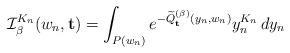
LaTeX: \begin{align*} \mathcal{I}_{\beta}^{K_n}(w_n, \mathbf{t}) = \int_{P(w_n)}e^{-\widetilde{Q}_{\mathbf{t}}^{(\beta)}(y_n, w_n)} y_n^{K_n} \, dy_n\end{align*}